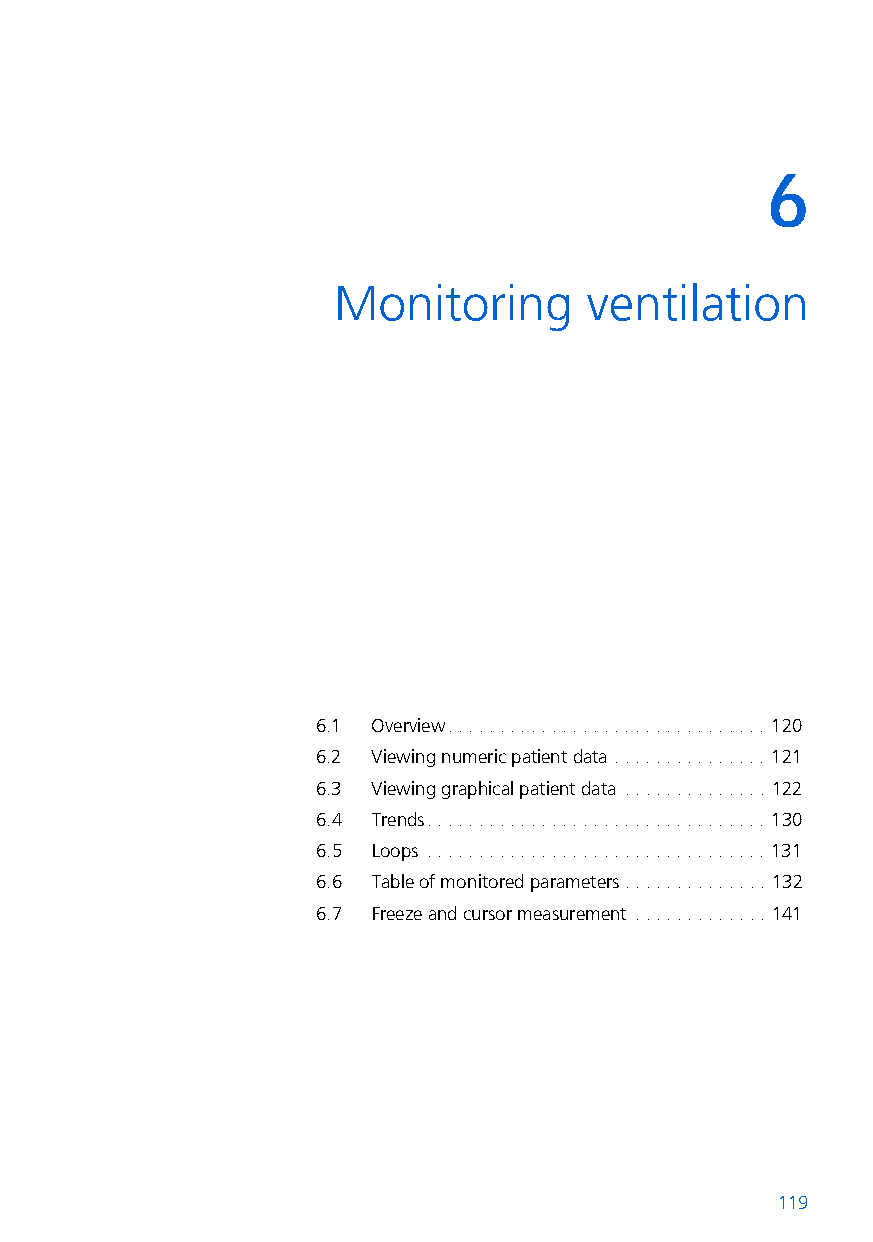
6
 6  Monitoring       ventilation
 6.1 Overview. . . . . . . . . . . . . . . . . . . . . . . . . . . . . . . 120
 6.2 Viewing numeric patient data . . . . . . . . . . . . . . . 121
 6.3 Viewing graphical patient data . . . . . . . . . . . . . . 122
 6.4 Trends. . . . . . . . . . . . . . . . . . . . . . . . . . . . . . . . . 130
 6.5 Loops . . . . . . . . . . . . . . . . . . . . . . . . . . . . . . . . . 131
 6.6 Table of monitored parameters . . . . . . . . . . . . . . 132
 6.7 Freeze and cursor measurement . . . . . . . . . . . . . 141
 119